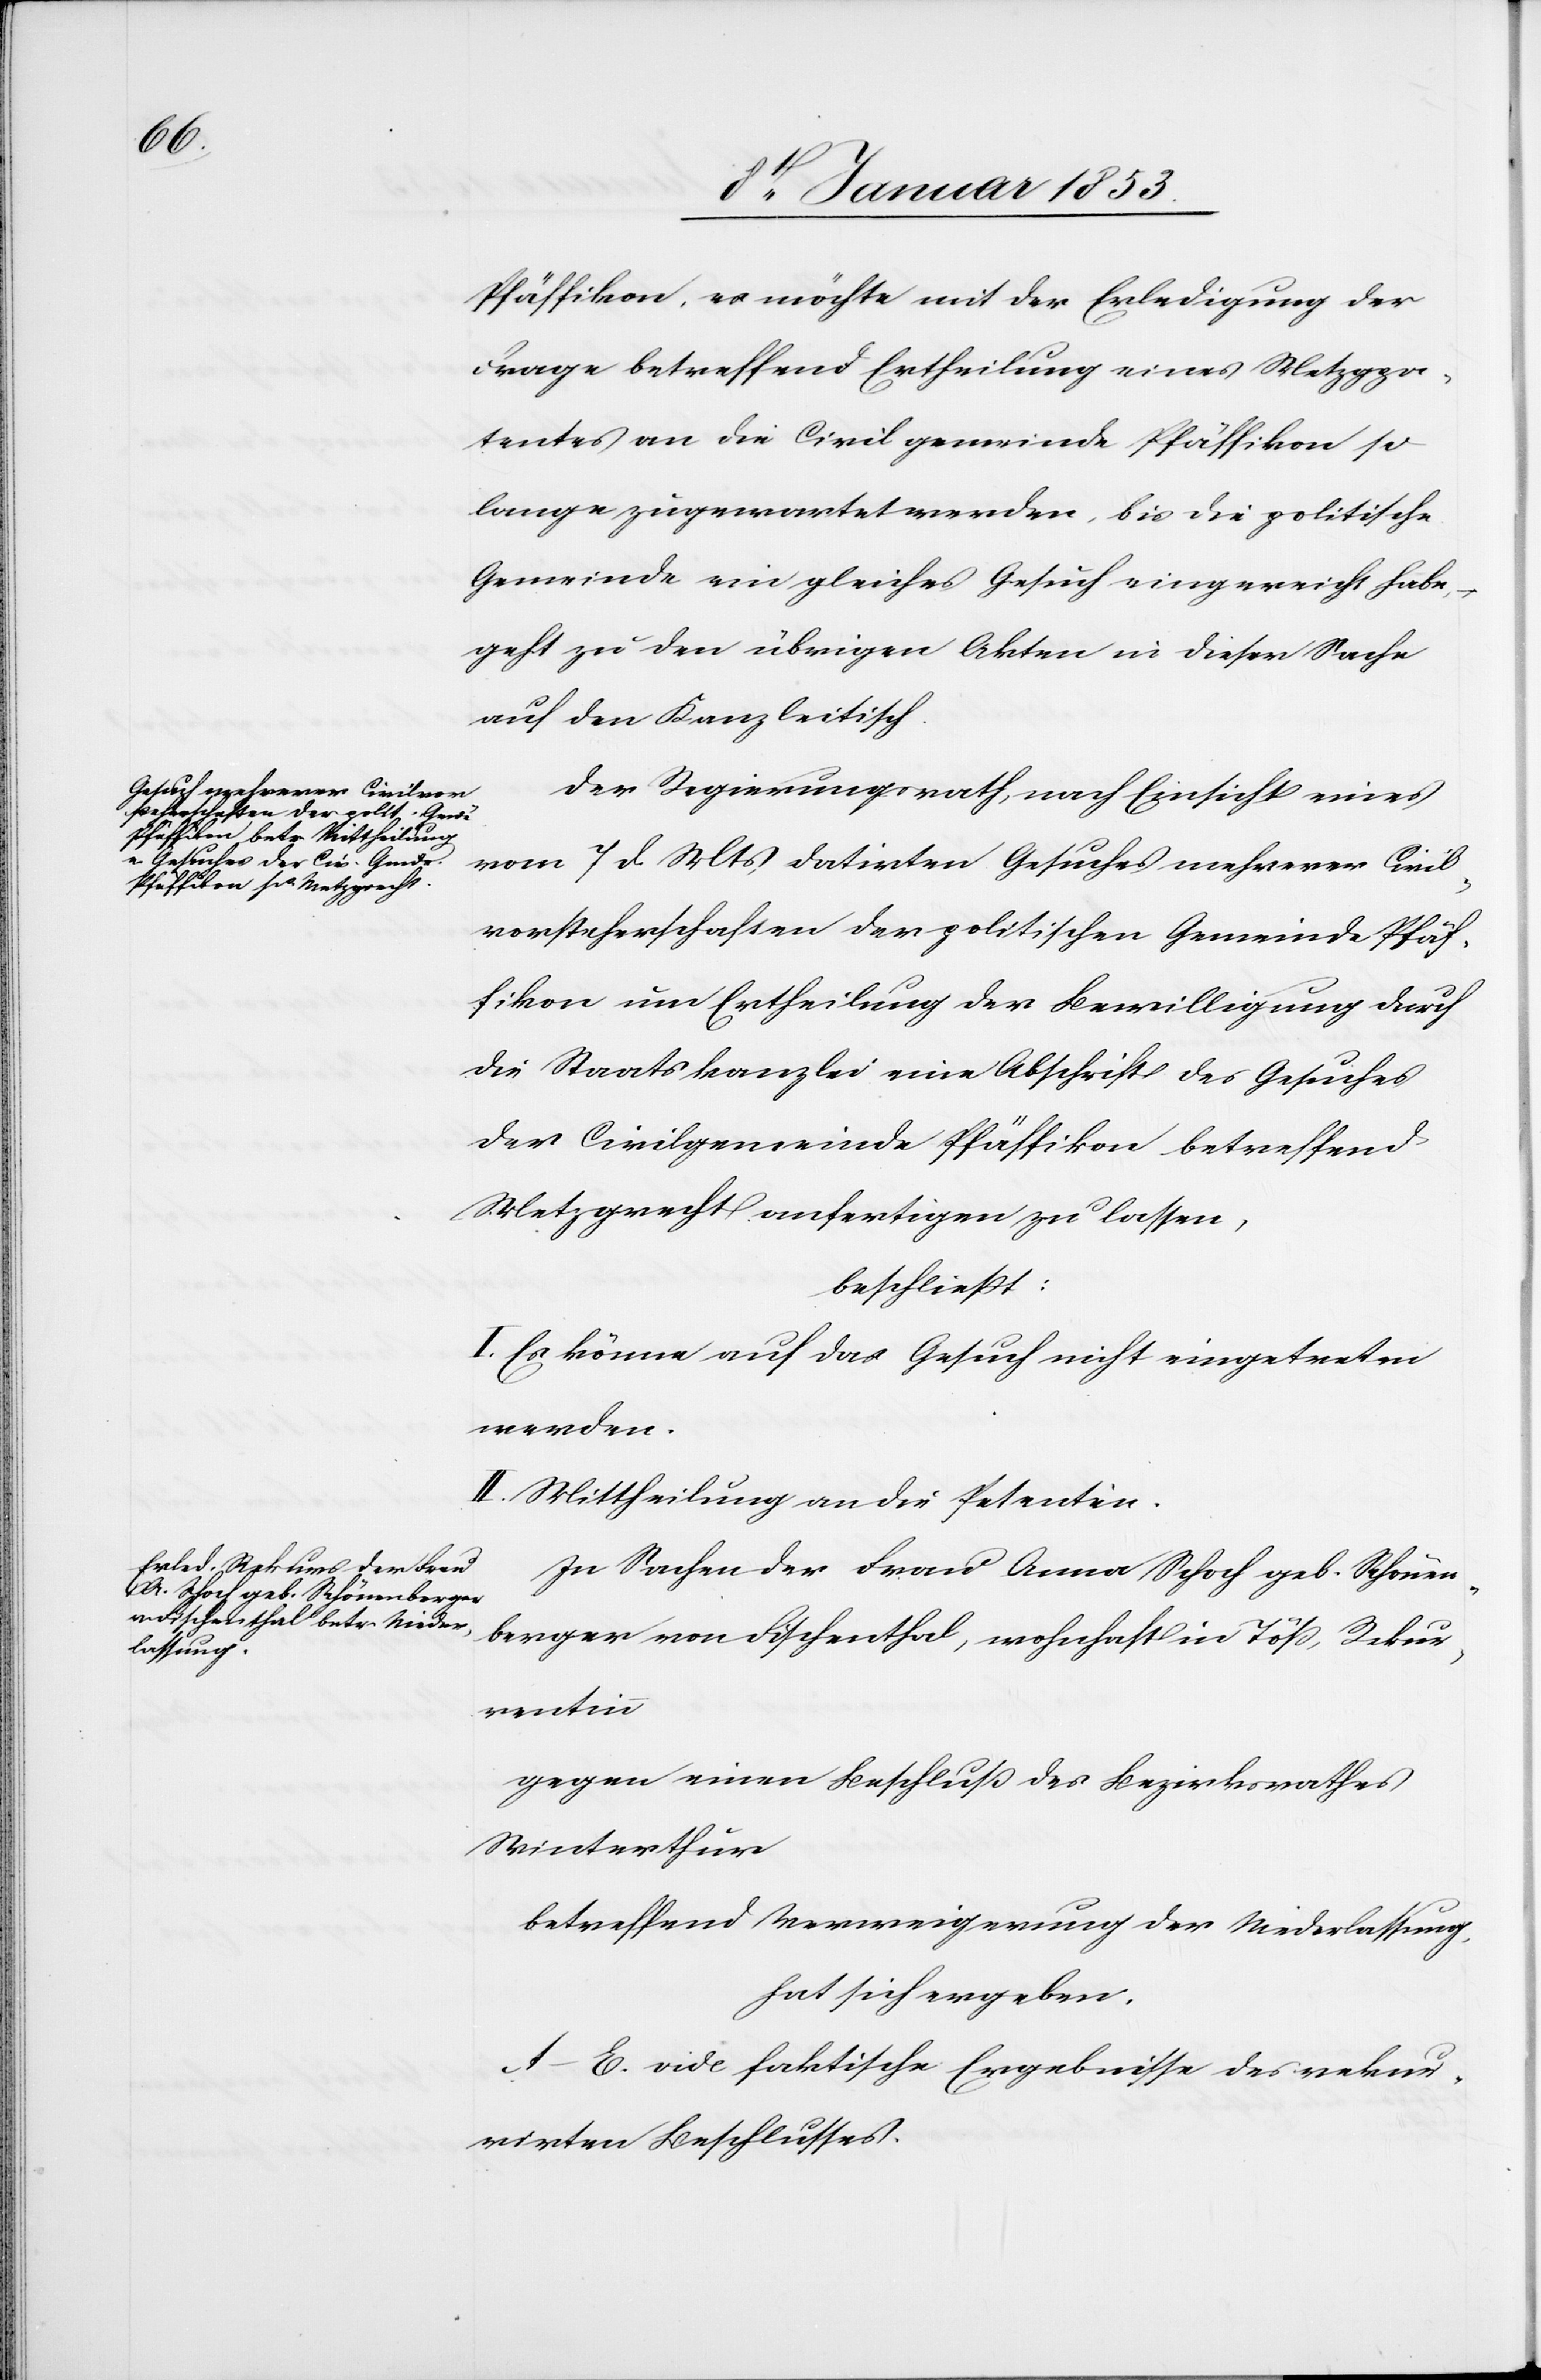
Pfäffikon, es möchte mit der Erledigung der
Frage betreffend Ertheilung eines Metzgpa¬
tentes an die Civilgemeinde Pfäffikon so
lange zugewartet werden, bis die politische
Gemeinde ein gleiches Gesuch eingereicht habe
geht zu den übrigen Akten in dieser Sache
auf den Kanzleitisch.
Der Regierungsrath, nach Einsicht eines
vom 7 d. Mts. datirten Gesuches mehrerer Civil¬
vorsteherschaften der politischen Gemeinde Pfäf¬
fikon um Ertheilung der Bewilligung durch
die Staatskanzlei eine Abschrift des Gesuches
der Civilgemeinde Pfäffikon betreffend
Metzgrecht anfertigen zu lassen,
beschließt:
I. Es könne auf das Gesuch nicht eingetreten
werden.
II. Mittheilung an die Petentin.
In Sachen der Frau Anna Schoch geb. Schönen¬
berger von Fischenthal, wohnhaft in Töß, Rekur¬
rentinn
gegen einen Beschluß des Bezirksrathes
Winterthur
betreffend Verweigerung der Niederlassung,
hat sich ergeben.
A–E. vide faktische Ergebnisse des rekur¬
rirten Beschlusses.